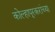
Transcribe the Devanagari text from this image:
कोल्हापूरकरांच्या